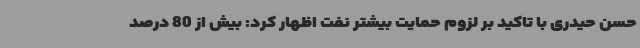
حسن حیدری با تاکید بر لزوم حمایت بیشتر نفت اظهار کرد: بیش از 80 درصد